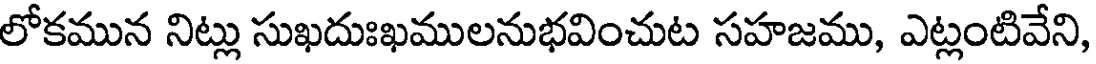
లోకమున నిట్లు సుఖదుఃఖములనుభవించుట సహజము, ఎట్లంటివేని,